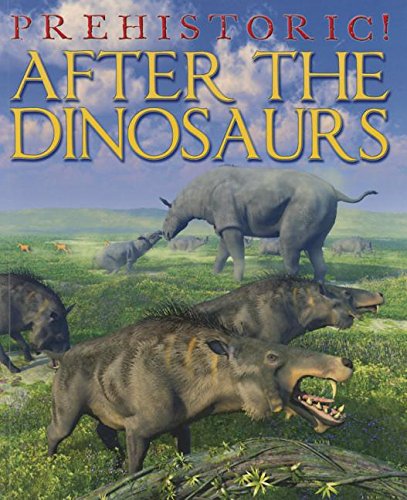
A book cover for After the Dinosaurs (Prehistoric!); David West; Children's Books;